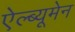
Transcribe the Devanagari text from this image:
ऐल्ब्यूमेन